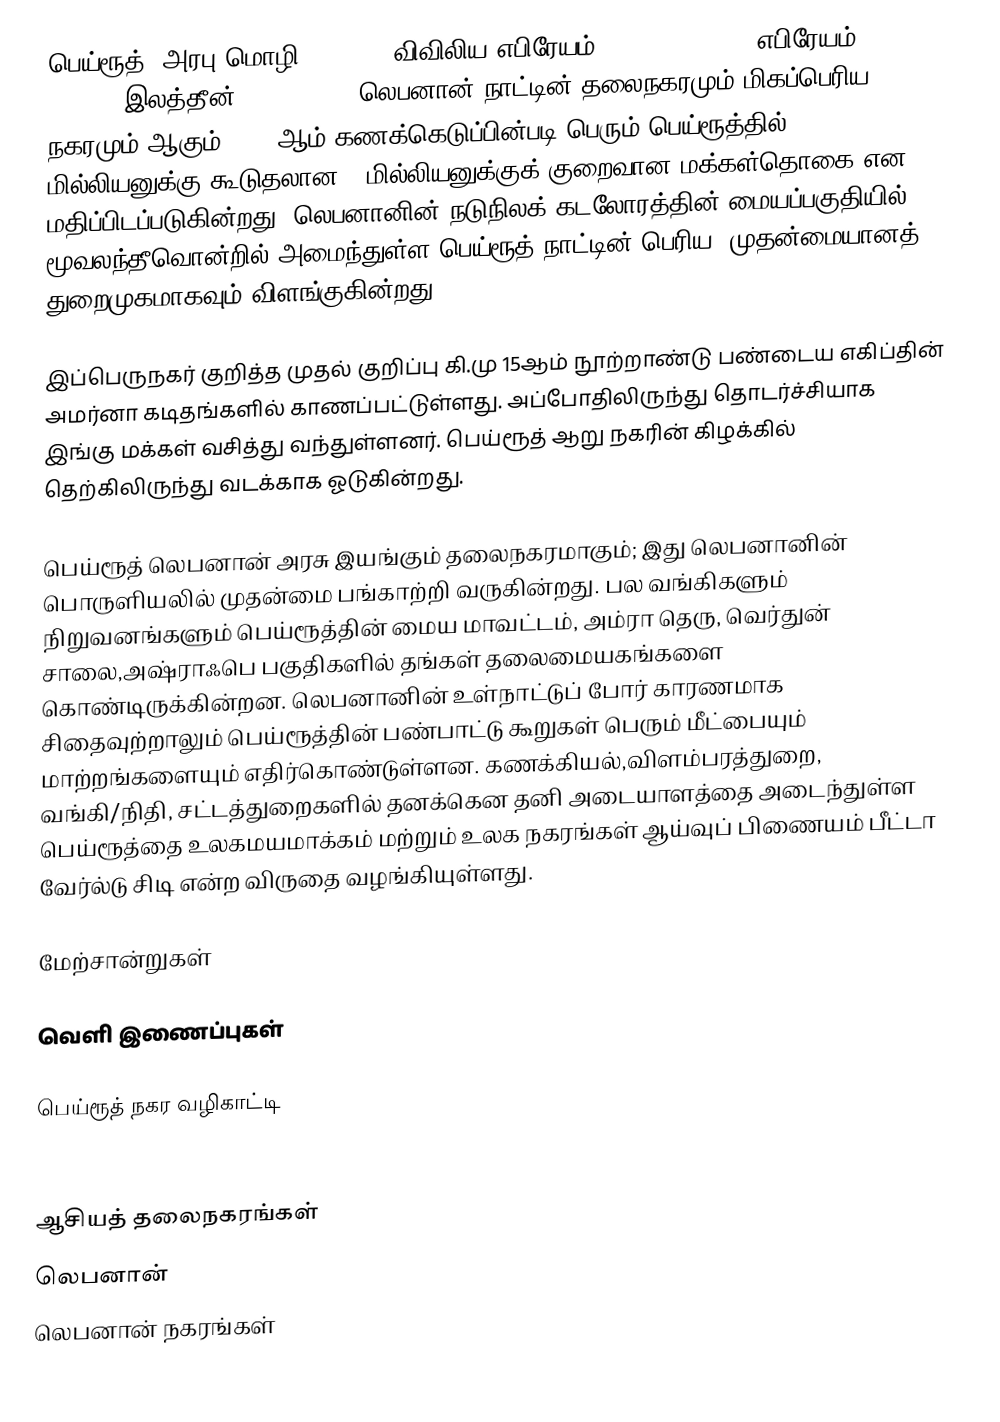
பெய்ரூத் (அரபு மொழி: بيروت , விவிலிய எபிரேயம்: בְּאֵרוֹת Be'erot; எபிரேயம்: ביירות Beirut; இலத்தீன்: Berytus; ) லெபனான் நாட்டின் தலைநகரமும் மிகப்பெரிய நகரமும் ஆகும். 2007ஆம் கணக்கெடுப்பின்படி பெரும் பெய்ரூத்தில் 1 மில்லியனுக்கு கூடுதலான 2 மில்லியனுக்குக் குறைவான மக்கள்தொகை என மதிப்பிடப்படுகின்றது.  லெபனானின்  நடுநிலக் கடலோரத்தின் மையப்பகுதியில் மூவலந்தீவொன்றில்  அமைந்துள்ள பெய்ரூத் நாட்டின் பெரிய, முதன்மையானத் துறைமுகமாகவும் விளங்குகின்றது.

இப்பெருநகர் குறித்த முதல் குறிப்பு கி.மு 15ஆம் நூற்றாண்டு பண்டைய எகிப்தின் அமர்னா கடிதங்களில் காணப்பட்டுள்ளது.  அப்போதிலிருந்து தொடர்ச்சியாக இங்கு மக்கள் வசித்து வந்துள்ளனர்.  பெய்ரூத் ஆறு நகரின் கிழக்கில் தெற்கிலிருந்து வடக்காக ஓடுகின்றது.

பெய்ரூத் லெபனான் அரசு இயங்கும் தலைநகரமாகும்; இது லெபனானின் பொருளியலில் முதன்மை பங்காற்றி வருகின்றது. பல வங்கிகளும் நிறுவனங்களும் பெய்ரூத்தின் மைய மாவட்டம், அம்ரா தெரு, வெர்துன் சாலை,அஷ்ராஃபெ பகுதிகளில் தங்கள் தலைமையகங்களை கொண்டிருக்கின்றன.  லெபனானின் உள்நாட்டுப் போர் காரணமாக சிதைவுற்றாலும் பெய்ரூத்தின் பண்பாட்டு  கூறுகள் பெரும் மீட்பையும் மாற்றங்களையும் எதிர்கொண்டுள்ளன. கணக்கியல்,விளம்பரத்துறை, வங்கி/நிதி, சட்டத்துறைகளில் தனக்கென தனி அடையாளத்தை அடைந்துள்ள பெய்ரூத்தை  உலகமயமாக்கம் மற்றும் உலக நகரங்கள் ஆய்வுப் பிணையம்  பீட்டா வேர்ல்டு சிடி என்ற விருதை வழங்கியுள்ளது.

மேற்சான்றுகள்

வெளி இணைப்புகள்

 பெய்ரூத் நகர வழிகாட்டி

ஆசியத் தலைநகரங்கள்
லெபனான்
லெபனான் நகரங்கள்